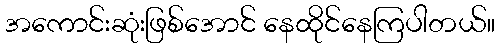
အကောင်းဆုံးဖြစ်အောင် နေထိုင်နေကြပါတယ်။